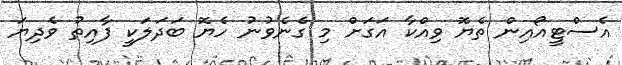
އެސްޓީއޯއިން ތެޔޮ ވިއްކާ އަގަށް މި ގެނެވުނު ހެޔޮ ބަދަލަކީ ފާއިތު ވެދިޔަ